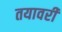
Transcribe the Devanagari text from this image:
तयावरी